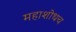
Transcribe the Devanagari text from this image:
महाशोधच